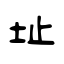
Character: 址